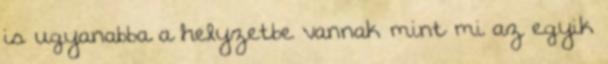
is ugyanabba a helyzetbe vannak mint mi az egyik